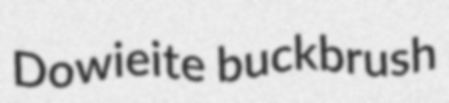
Dowieite buckbrush